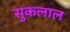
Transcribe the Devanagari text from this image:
सुकलाल